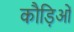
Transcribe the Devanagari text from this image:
कौड़िओं